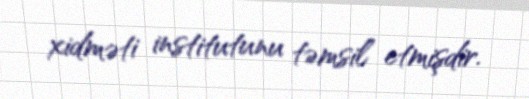
xidməti institutunu təmsil etmişdir.